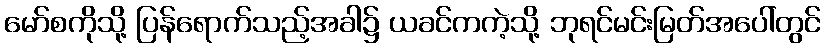
မော်စကိုသို့ ပြန်ရောက်သည့်အခါ၌ ယခင်ကကဲ့သို့ ဘုရင်မင်းမြတ်အပေါ်တွင်